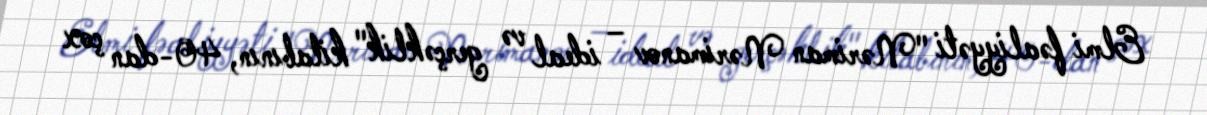
Elmi fəaliyyəti "Nəriman Nərimanov – ideal və gerçəklik" kitabının, 40-dan çox